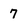
Character: 7